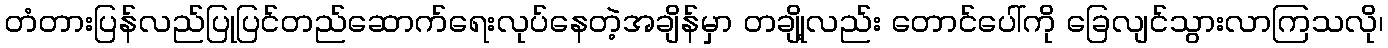
တံတားပြန်လည်ပြုပြင်တည်ဆောက်ရေးလုပ်နေတဲ့အချိန်မှာ တချို့လည်း တောင်ပေါ်ကို ခြေလျင်သွားလာကြသလို၊